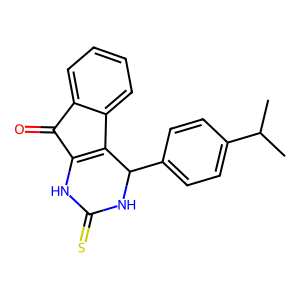
SMILES: CC(C)c1ccc(C2NC(=S)NC3=C2c2ccccc2C3=O)cc1
Inhibits HIV replication: No